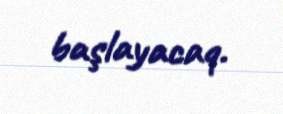
başlayacaq.